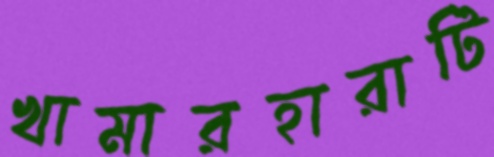
খামারহারাটি